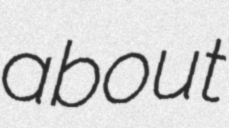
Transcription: about